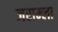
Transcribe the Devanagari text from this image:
जराम्ला